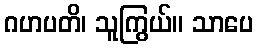
ဂဟပတိ၊ သူကြွယ်။ သာပေ